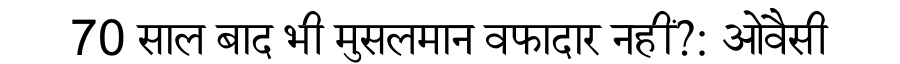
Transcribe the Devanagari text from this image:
70 साल बाद भी मुसलमान वफादार नहीं?: ओवैसी